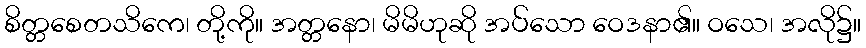
စိတ္တစေတသိကေ၊ တို့ကို။ အတ္တနော၊ မိမိဟုဆို အပ်သော ဝေဒနာ၏။ ဝသေ၊ အလို၌။